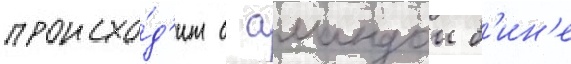
происхо́д'ит с амандои б'ин'е